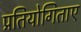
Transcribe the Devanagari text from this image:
प्रतियोगिताए